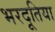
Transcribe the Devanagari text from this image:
भरदूतिया